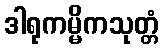
ဒါရုကမ္မိကသုတ္တံ